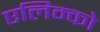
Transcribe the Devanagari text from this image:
एलिम्को